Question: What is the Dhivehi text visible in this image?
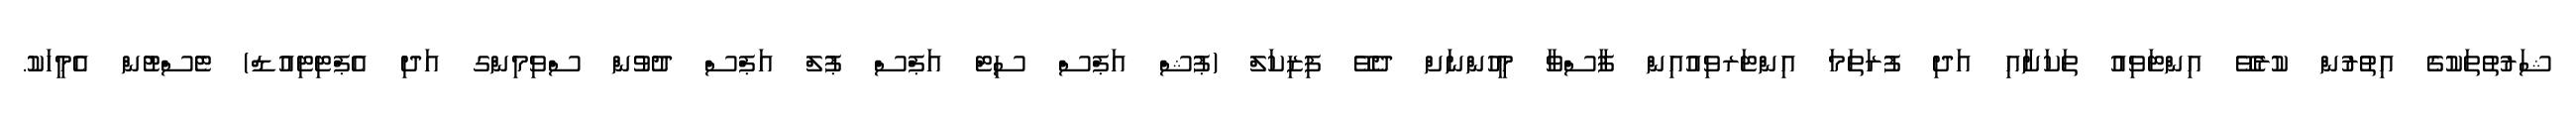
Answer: ޝަރުތުތަކުގެ އިތުރުން ކުރެވޭ އިންޓަވިއު ތަކަށާއި އަދި ފުރަތަމަ އިންޓަރވިއުއިން ފާސްވާ މީހުންނަށް ދެވޭ ފިޒިކަލް (ޕުޝް އަޕްސް ސިޓް އަޕްސް ޕުލް އަޕްސް ދުވުން ސްވިމިންގ އަދި އެޕްޓިޓިއުޑް) ޓެސްޓުން އެމީހަކު.